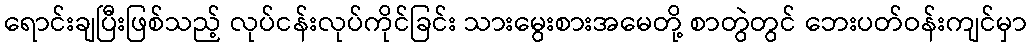
ရောင်းချပြီးဖြစ်သည့် လုပ်ငန်းလုပ်ကိုင်ခြင်း သားမွေးစားအမေတို့ စာတွဲတွင် ဘေးပတ်ဝန်းကျင်မှာ